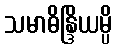
သမာဓိန္ဒြိယမ္ပိ